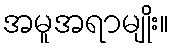
အမူအရာမျိုး။